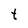
Character: t